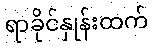
ရာခိုင်နှုန်းထက်